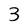
Character: 3